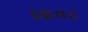
રૂકાવટ